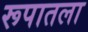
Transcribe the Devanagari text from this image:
रूपातला